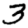
Digit: 3